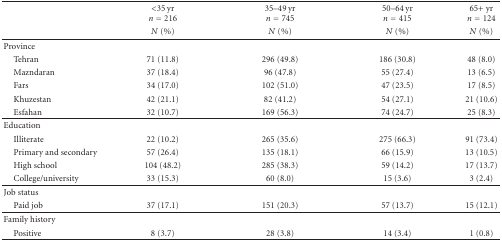
<table><thead><tr><td><b> </b></td><td><b>&lt;35 yr <i>n</i> = 216</b></td><td><b>35–49 yr <i>n</i> = 745</b></td><td><b>50–64 yr <i>n</i> = 415</b></td><td><b>65+ yr <i>n</i> = 124</b></td></tr><tr><td><b> </b></td><td><b><i>N</i> (%)</b></td><td><b><i>N</i> (%)</b></td><td><b><i>N</i> (%)</b></td><td><b><i>N</i> (%)</b></td></tr></thead><tbody><tr><td>Province</td><td> </td><td> </td><td> </td><td> </td></tr><tr><td> Tehran</td><td>71 (11.8)</td><td>296 (49.8)</td><td>186 (30.8)</td><td>48 (8.0)</td></tr><tr><td> Mazndaran </td><td>37 (18.4)</td><td>96 (47.8)</td><td>55 (27.4)</td><td>13 (6.5)</td></tr><tr><td> Fars </td><td>34 (17.0)</td><td>102 (51.0)</td><td>47 (23.5)</td><td>17 (8.5)</td></tr><tr><td> Khuzestan </td><td>42 (21.1)</td><td>82 (41.2)</td><td>54 (27.1)</td><td>21 (10.6)</td></tr><tr><td> Esfahan </td><td>32 (10.7)</td><td>169 (56.3)</td><td>74 (24.7)</td><td>25 (8.3)</td></tr><tr><td>Education </td><td> </td><td> </td><td> </td><td> </td></tr><tr><td> Illiterate</td><td>22 (10.2)</td><td>265 (35.6)</td><td>275 (66.3)</td><td>91 (73.4)</td></tr><tr><td> Primary and secondary</td><td>57 (26.4)</td><td>135 (18.1)</td><td>66 (15.9)</td><td>13 (10.5)</td></tr><tr><td> High school</td><td>104 (48.2)</td><td>285 (38.3)</td><td>59 (14.2)</td><td>17 (13.7)</td></tr><tr><td> College/university</td><td>33 (15.3)</td><td>60 (8.0)</td><td>15 (3.6)</td><td>3 (2.4)</td></tr><tr><td>Job status </td><td> </td><td> </td><td> </td><td> </td></tr><tr><td> Paid job</td><td>37 (17.1)</td><td>151 (20.3)</td><td>57 (13.7)</td><td>15 (12.1)</td></tr><tr><td>Family history</td><td> </td><td> </td><td> </td><td> </td></tr><tr><td> Positive</td><td>8 (3.7)</td><td>28 (3.8)</td><td>14 (3.4)</td><td>1 (0.8)</td></tr></tbody></table>